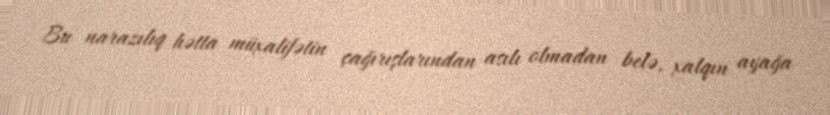
Bu narazılıq hətta müxalifətin çağırışlarından asılı olmadan belə, xalqın ayağa